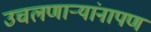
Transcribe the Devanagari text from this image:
उचलणार्‍यांनापण